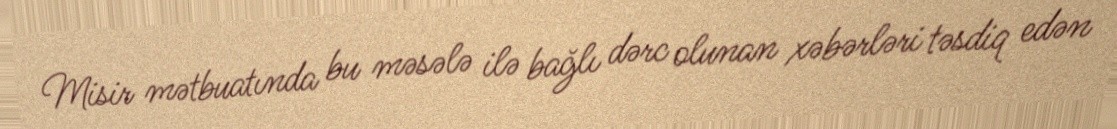
Misir mətbuatında bu məsələ ilə bağlı dərc olunan xəbərləri təsdiq edən